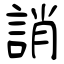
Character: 誚